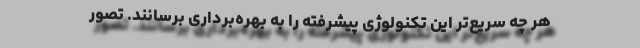
هر چه سریع‌تر این تکنولوژی پیشرفته را به بهره‌برداری برسانند. تصور